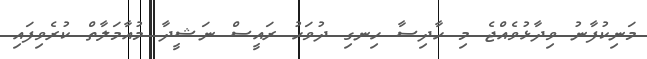
މަނިކުފާނު ވިދާޅުވެއްޖެ މި ހާދިސާ ހިނގި ދުވަހު ރައީސް ނަޝީދާ މުއާމަލާތް ކުރެވިފައި